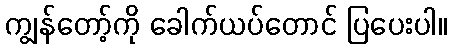
ကျွန်တော့်ကို ခေါက်ယပ်တောင် ပြပေးပါ။